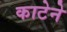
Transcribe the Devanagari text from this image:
काटेने